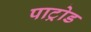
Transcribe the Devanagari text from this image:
पाट्रोड